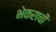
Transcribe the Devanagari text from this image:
भेकराची